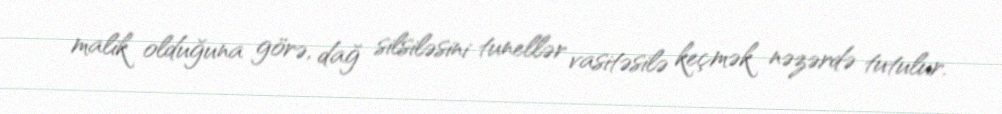
malik olduğuna görə, dağ silsiləsini tunellər vasitəsilə keçmək nəzərdə tutulur.